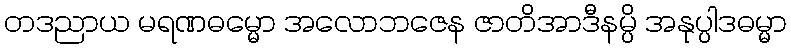
တဒညာယ မရဏဓမ္မော အလောဘဇေန ဇာတိအာဒီနမ္ပိ အနုပ္ပါဒဓမ္မာ